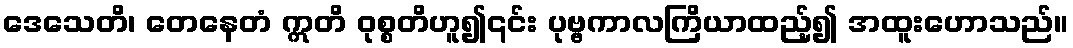
ဒေသေတိ၊ တေနေတံ ဣတိ ဝုစ္စတိဟူ၍၎င်း ပုဗ္ဗကာလကြိယာထည့်၍ အထူးဟောသည်။